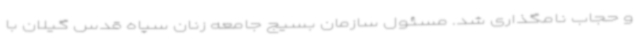
و حجاب نامگذاری شد. مسئول سازمان بسیج جامعه زنان سپاه قدس گیلان با